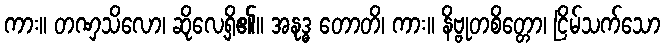
ကား။ တဏှသိလော၊ ဆိုလေ့ရှိ၏။ အနုဒ္ဓ တောတိ၊ ကား။ နိဗ္ဗုတစိတ္တော၊ ငြိမ်သက်သော